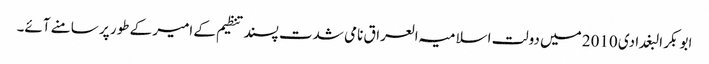
ابو بکر البغدادی 2010 میں دولت اسلامیہ العراق نامی شدت پسند تنظیم کے امیر کے طور پر سامنے آئے۔